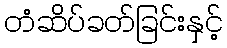
တံဆိပ်ခတ်ခြင်းနှင့်